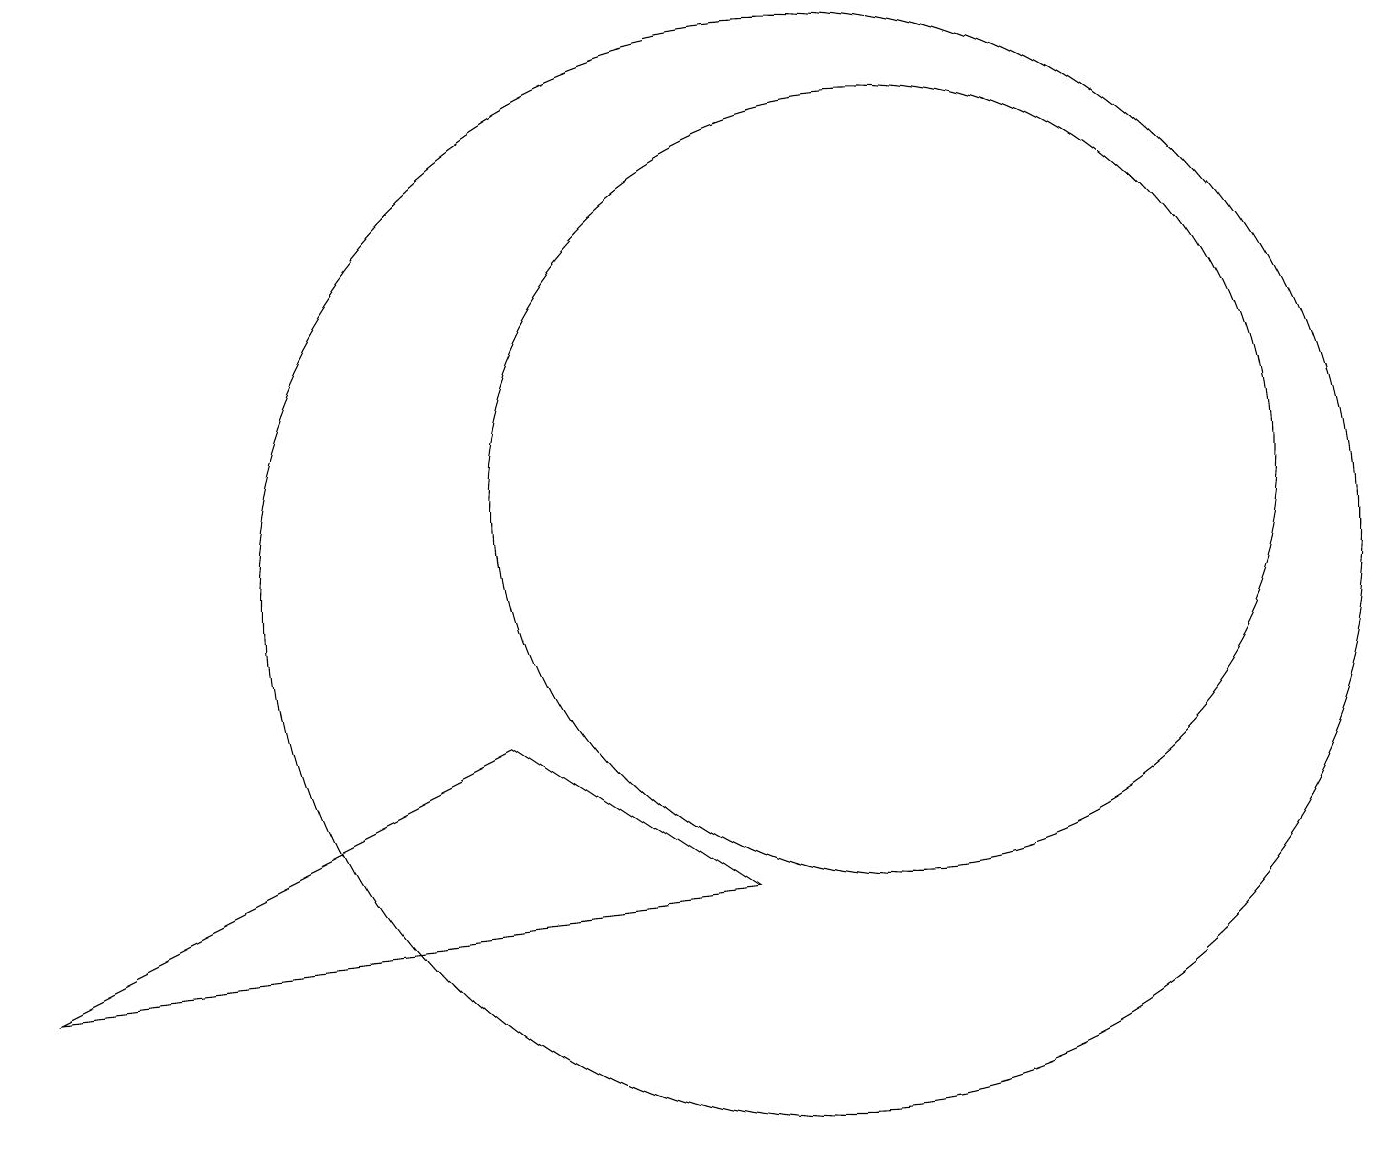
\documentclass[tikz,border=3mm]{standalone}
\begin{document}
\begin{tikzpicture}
\draw (10,11) circle (7);
\draw (11,12) circle (5);
\draw (0,6) -- (9,7) -- (6,9) -- cycle;
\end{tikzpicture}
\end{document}